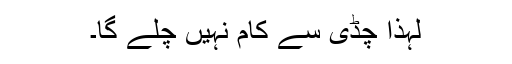
لہٰذا چڈی سے کام نہیں چلے گا۔